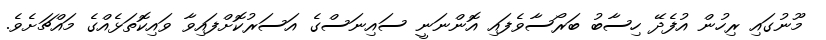
މޫނުގައި ރިހުން އުފެދޭ ހިސާބު ބަރޯސާވެފައި އޮންނަނީ ސައިނަސްގެ އަސަރުކޮށްފައިވާ ވައިކޮތަޅެއްގެ މައްޗަށެވެ.